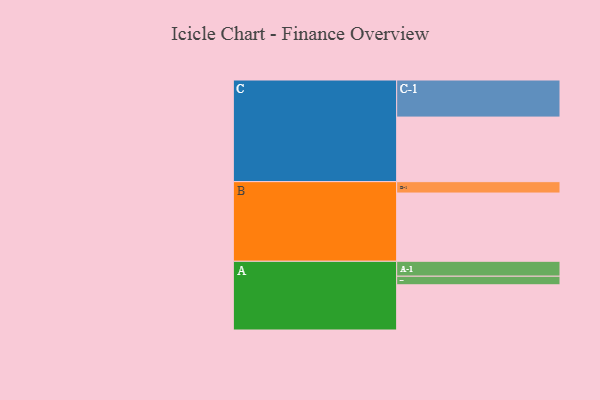
{"axis": {"x": "Segment", "y": "Value"}, "legend": ["", "A", "B", "C"], "data": [{"x": "A", "y": 306, "type": ""}, {"x": "B", "y": 462, "type": ""}, {"x": "C", "y": 437, "type": ""}, {"x": "A-1", "y": 101, "type": "A"}, {"x": "A-2", "y": 58, "type": "A"}, {"x": "B-1", "y": 77, "type": "B"}, {"x": "C-1", "y": 251, "type": "C"}]}